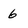
Character: 6